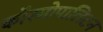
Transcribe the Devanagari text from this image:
कॉस्मोपालिटन